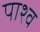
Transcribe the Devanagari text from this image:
पाश्व